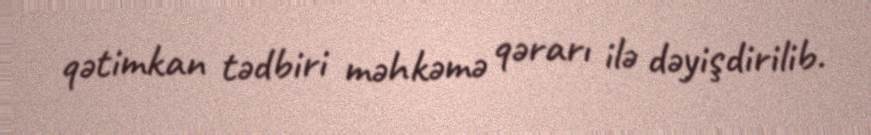
qətimkan tədbiri məhkəmə qərarı ilə dəyişdirilib.